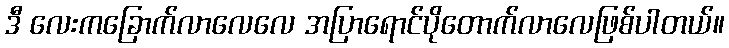
ဒီ လေးကခြောက်လာလေလေ အပြာရောင်ပိုတောက်လာလေဖြစ်ပါတယ်။